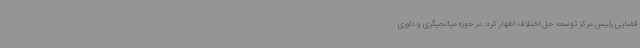
قضایی رئیس مرکز توسعه حل اختلاف اظهار کرد: در حوزه میانجیگری و داوری